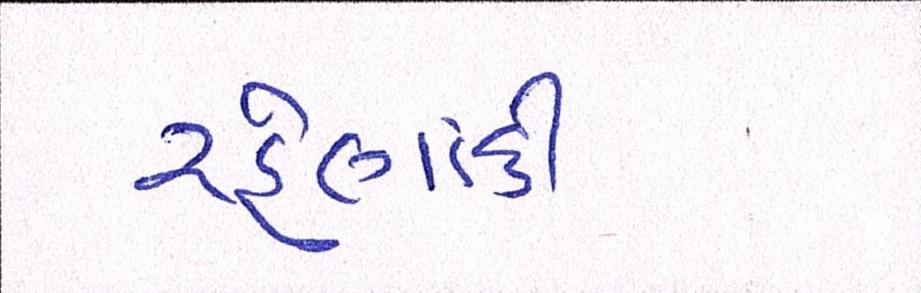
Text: રહેણાંકી